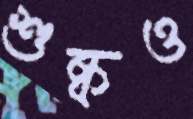
শুষ্কও